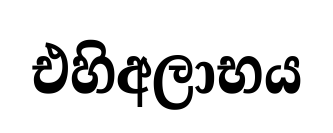
එහිඅලාභය